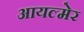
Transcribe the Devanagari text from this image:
आयल्मेर